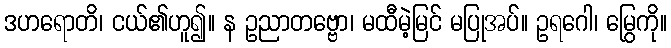
ဒဟရောတိ၊ ငယ်၏ဟူ၍။ န ဥညာတဗ္ဗော၊ မထီမဲ့မြင် မပြုအပ်။ ဥရဂေါ၊ မြွေကို။